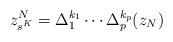
LaTeX: \begin{align*}z^N_{s^K} = \Delta_1^{k_1} \cdots \Delta_p^{k_p}(z_N)\end{align*}